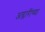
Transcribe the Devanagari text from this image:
अम्लारींच्या